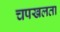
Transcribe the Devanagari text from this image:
चपखलता